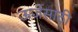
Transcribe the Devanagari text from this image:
ऊर्जेसाठी